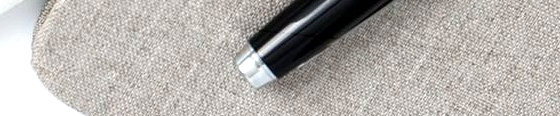
دخول الموظفين